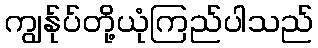
ကျွန်ုပ်တို့ယုံကြည်ပါသည်